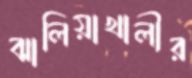
ঝালিয়াখালীর